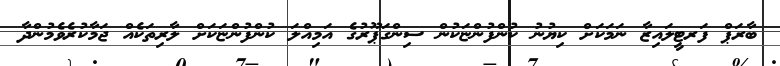
ބާރަޕް ފަރޓީލައިޒާ ނަމަކަށް ކިޔުނު ކުންފުންޏަކުން ސިންގަޕޫރުގެ އަމިއްލަ ކުންފުންޏަކަށް ލާރިތަކެއް ޖަމާކުރެވެމުންދާ